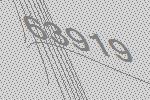
63919